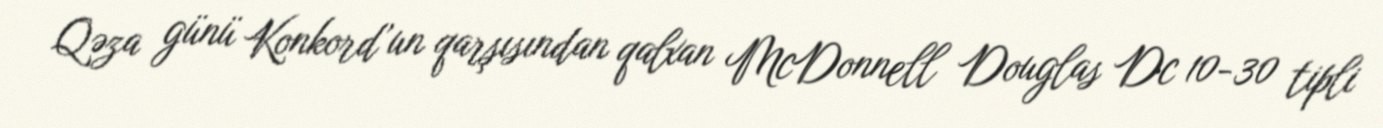
Qəza günü Konkord’un qarşısından qalxan McDonnell Douglas Dc 10-30 tipli